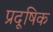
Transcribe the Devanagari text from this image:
प्रदूषिक